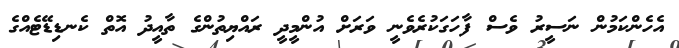
އެހެންކަމުން ނަސީރު ވެސް ފާހަގަކުރެވެނީ ވަރަށް އުންމީދީ ރައްޔިތުންގެ ތާއީދު އޮތް ކެނޑިޑޭޓެއްގެ